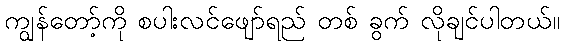
ကျွန်တော့်ကို စပါးလင်ဖျော်ရည် တစ် ခွက် လိုချင်ပါတယ်။